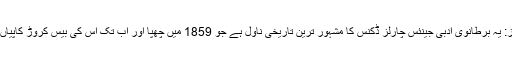
2 – آ ٹیل آف ٹو سٹیز: یہ برطانوی ادبی جینئس چارلز ڈکنس کا مشہور ترین تاریخی ناول ہے جو 1859 میں چھپا اور اب تک اس کی بیس کروڑ کاپیاں فروخت ہوچکی ہیں۔